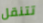
تتنقل